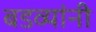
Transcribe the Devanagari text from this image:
बडव्यांनी